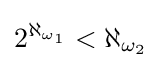
2^{\aleph _{\omega _{1}}}<\aleph _{\omega _{2}}